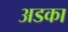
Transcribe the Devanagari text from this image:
अडका